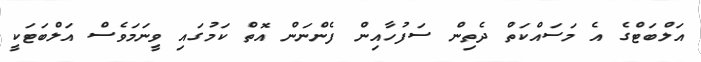
އަލްބަޓްގެ އެ މަސައްކަތް ދެތިން ސަފުހާއިން ފެންނަން އޮތް ކަމުގައި ވީނަމަވެސް އަލްބަޓަކީ